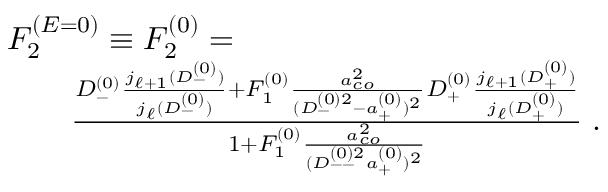
\begin{array} { r l r } { \lefteqn { F _ { 2 } ^ { ( E = 0 ) } \equiv F _ { 2 } ^ { ( 0 ) } = } } \\ & { } & { \frac { D _ { - } ^ { ( 0 ) } \frac { j _ { \ell + 1 } ( D _ { - } ^ { ( 0 ) } ) } { j _ { \ell } ( D _ { - } ^ { ( 0 ) } ) } + F _ { 1 } ^ { ( 0 ) } \frac { a _ { c o } ^ { 2 } } { ( D _ { - } ^ { ( 0 ) 2 } - a _ { + } ^ { ( 0 ) } ) ^ { 2 } } D _ { + } ^ { ( 0 ) } \frac { j _ { \ell + 1 } ( D _ { + } ^ { ( 0 ) } ) } { j _ { \ell } ( D _ { + } ^ { ( 0 ) } ) } } { 1 + F _ { 1 } ^ { ( 0 ) } \frac { a _ { c o } ^ { 2 } } { ( D _ { -- } ^ { ( 0 ) 2 } a _ { + } ^ { ( 0 ) } ) ^ { 2 } } } \; . } \end{array}